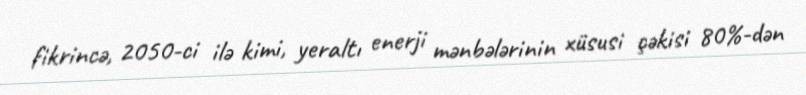
fikrincə, 2050-ci ilə kimi, yeraltı enerji mənbələrinin xüsusi çəkisi 80%-dən